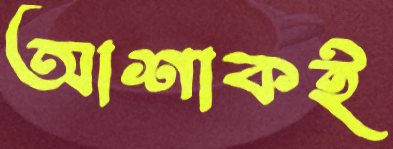
আশাকই